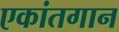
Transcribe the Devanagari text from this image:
एकांतगान